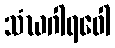
သံဃဂါရဝေါ